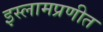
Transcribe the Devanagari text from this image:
इस्लामप्रणीत